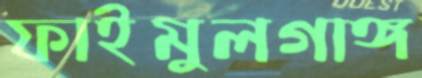
ফাইমুলগাঙ্গ